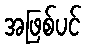
အဖြစ်ပင်